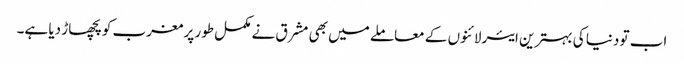
اب تو دنیا کی بہترین ایئرلائنوں کے معاملے میں بھی مشرق نے مکمل طور پر مغرب کو پچھاڑ دیا ہے۔